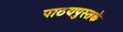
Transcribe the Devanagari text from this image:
पाठयपुस्तके